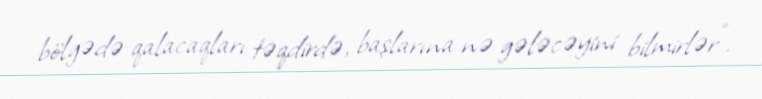
bölgədə qalacaqları təqdirdə, başlarına nə gələcəyini bilmirlər”.